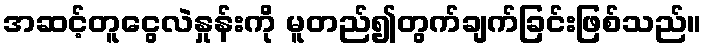
အဆင့်တူငွေလဲနှုန်းကို မူတည်၍တွက်ချက်ခြင်းဖြစ်သည်။